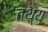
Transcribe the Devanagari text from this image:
तथ्‌य